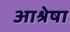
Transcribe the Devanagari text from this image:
आश्रेषा